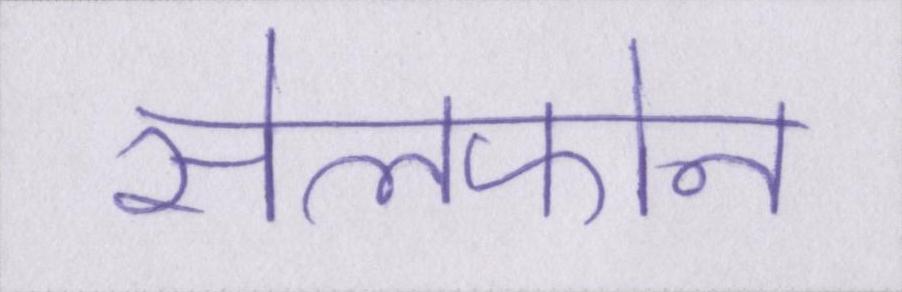
सेलफोन